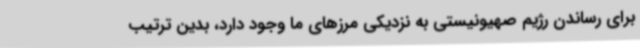
برای رساندن رژیم صهیونیستی به نزدیکی مرزهای ما وجود دارد، بدین ترتیب